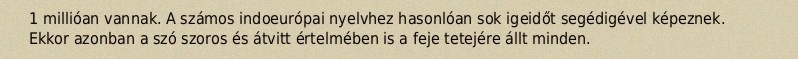
1 millióan vannak. A számos indoeurópai nyelvhez hasonlóan sok igeidőt segédigével képeznek. Ekkor azonban a szó szoros és átvitt értelmében is a feje tetejére állt minden.